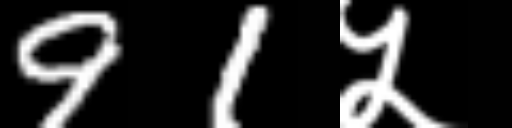
Text: 91५